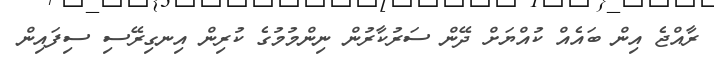
ރާއްޖެ އިން ބައެއް ކުއްޔަށް ދޭން ސަރުކާރުން ނިންމުމުގެ ކުރިން އިނގިރޭސި ސިފައިން